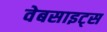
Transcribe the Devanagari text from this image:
वेबसाइट्‌स